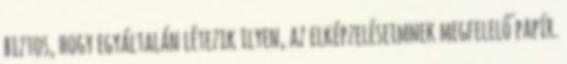
biztos, hogy egyáltalán létezik ilyen, az elképzeléseimnek megfelelő papír.